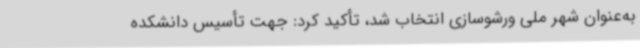
به‌عنوان شهر ملی ورشوسازی انتخاب شد، تأکید کرد: جهت تأسیس دانشکده